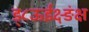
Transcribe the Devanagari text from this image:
ड्८ऊईक्ष़्ङंक्ष